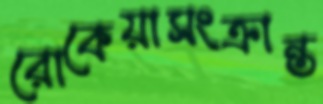
রোকেয়াসংক্রান্ত